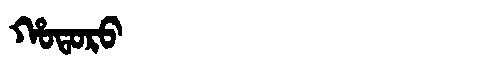
Manchu: ᡥᠣᡨᠣᡵᠣ
Romanization: HOTORO